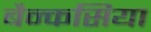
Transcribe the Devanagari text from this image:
बैन्कसिया